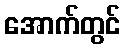
အောက်တွင်